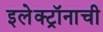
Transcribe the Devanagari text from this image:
इलेक्ट्रॉनाची